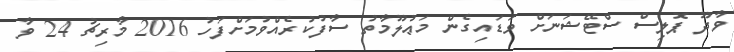
ވާދޫ ޕޮލިސް ސްޓޭޝަނަށް ވަޑައިގެން މަޢުލޫމާތު ސާފުކުރެއްވުމަށްފަހު 2016 މާރިޗު 24 ވާ